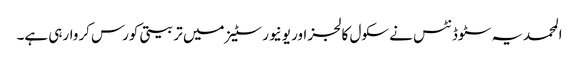
المحمدیہ سٹوڈنٹس نے سکول کالجز اور یونیورسٹیز میں تربیتی کورس کروارہی ہے۔